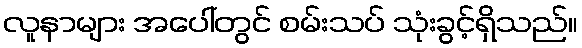
လူနာများ အပေါ်တွင် စမ်းသပ် သုံးခွင့်ရှိသည်။